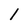
Character: 1